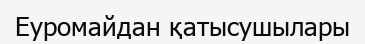
Еуромайдан қатысушылары